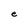
Character: e